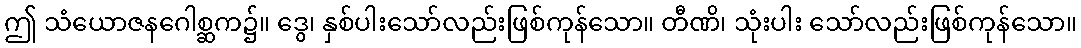
ဤ သံယောဇနဂေါစ္ဆက၌။ ဒွေ၊ နှစ်ပါးသော်လည်းဖြစ်ကုန်သော။ တီဏိ၊ သုံးပါး သော်လည်းဖြစ်ကုန်သော။